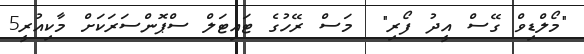
"މޯލްޑިވް ގޭސް އީދު ފޯރި"  މަސް ރޭހުގެ ޓައިޓަލް ސްޕޮންސަރަކަށް މާކިއުރީ5